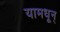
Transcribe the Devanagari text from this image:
यामधून्